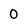
Character: 0